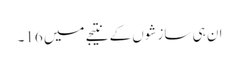
ان ہی سازشوں کے نتیجے میں 16۔